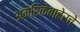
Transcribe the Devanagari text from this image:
अमेरिकेबाहेरचे